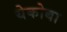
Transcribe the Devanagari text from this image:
येकोबा